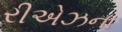
રીએઝના